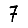
Digit: 7